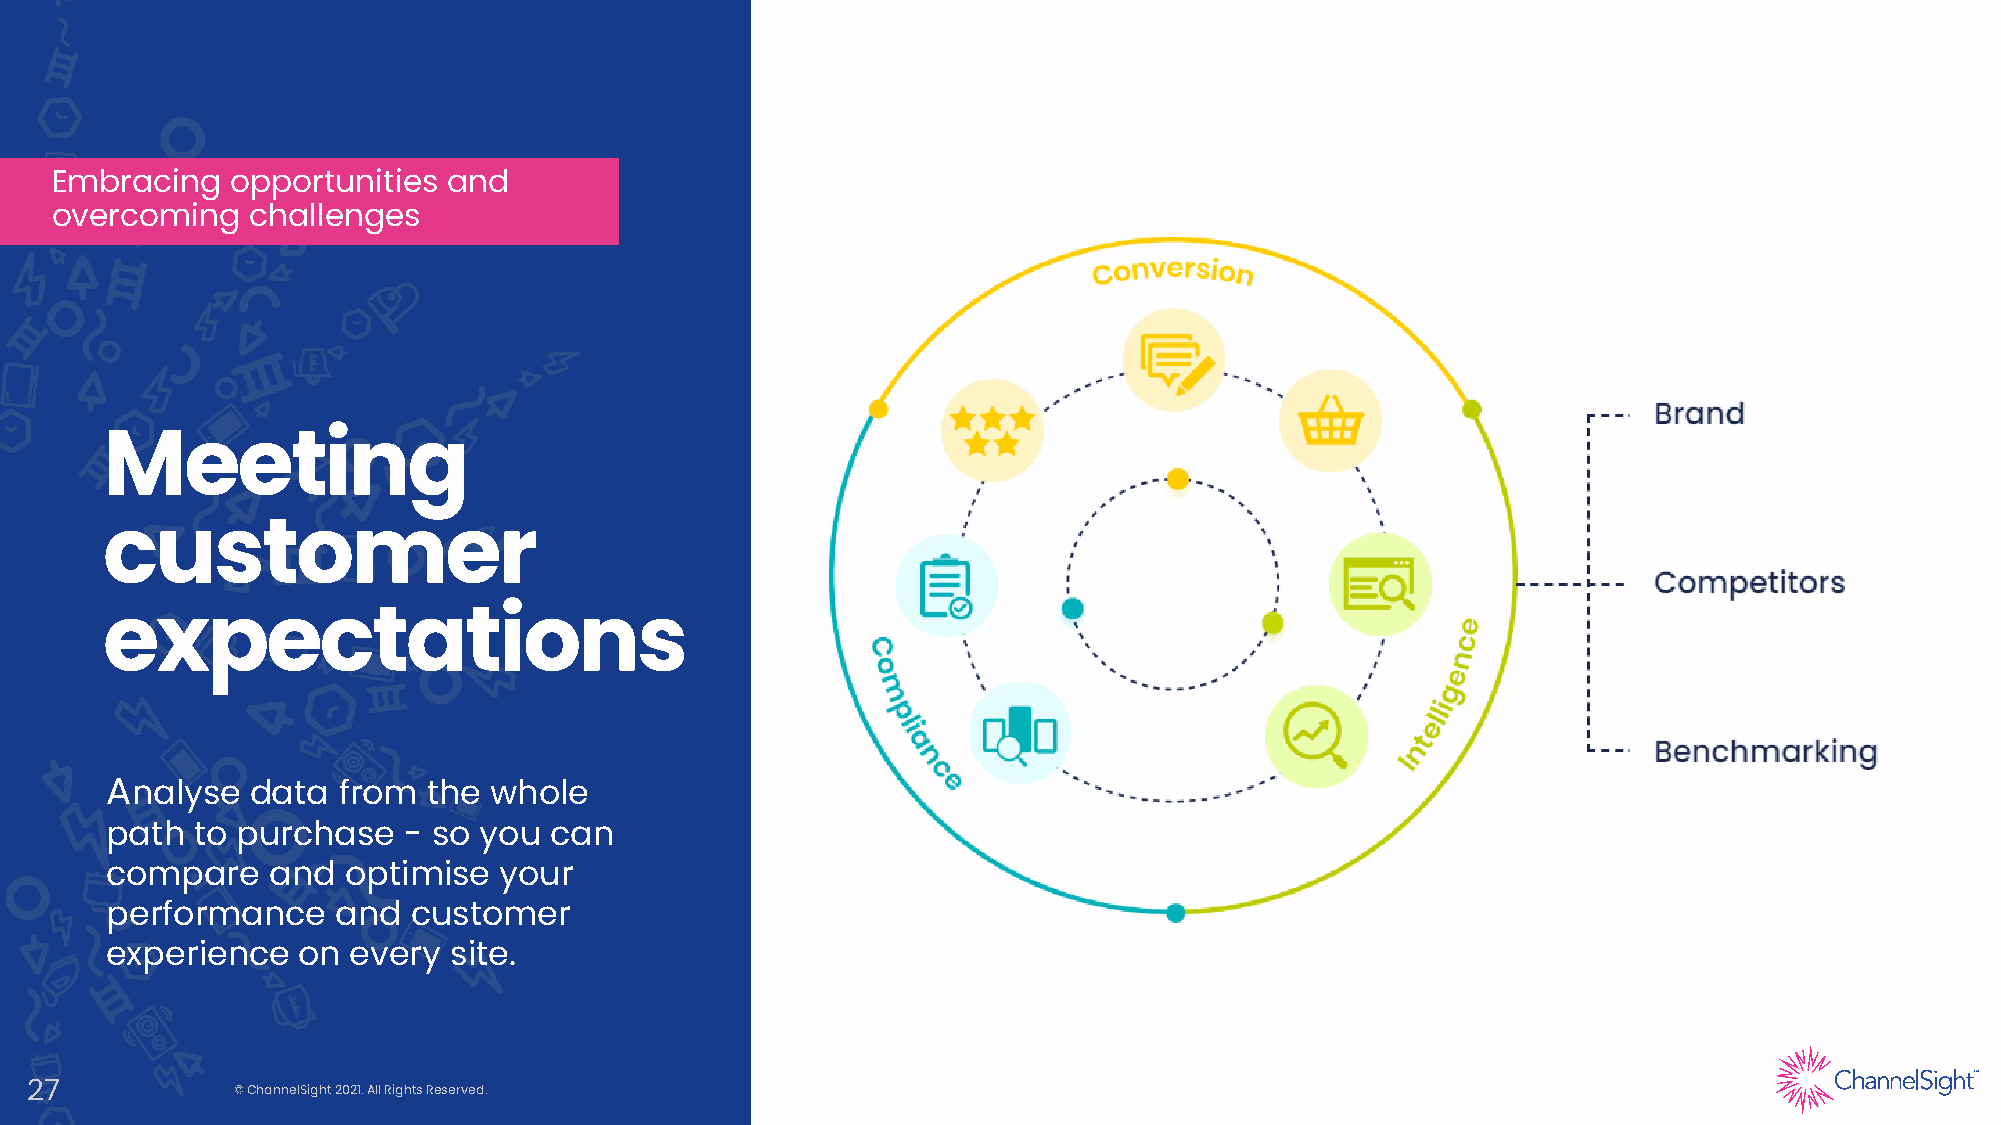
Embracing   opportunities  and
 overcoming   challenges
 Meeting
 customer
 expectations
 Analyse   data from  the whole
 Each  of these functions  has multiple
 path  to purchase   - so you can
 jobs within eCommerce      and  are
 compare    and  optimise  your
 vital to success in 2022.
 performance    and  customer
 experience   on every  site.
 27           © ChannelSight2021. All Rights Reserved.